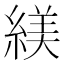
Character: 𬗮